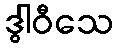
ဒွါဝီသေ